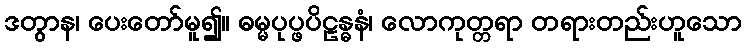
ဒတွာန၊ ပေးတော်မူ၍။ ဓမ္မပုပ္ဖပိဠန္ဓနံ၊ လောကုတ္တရာ တရားတည်းဟူသော